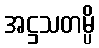
အဋ္ဌသတမ္ပိ